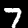
Label: 7